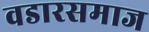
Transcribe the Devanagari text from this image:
वडारसमाज